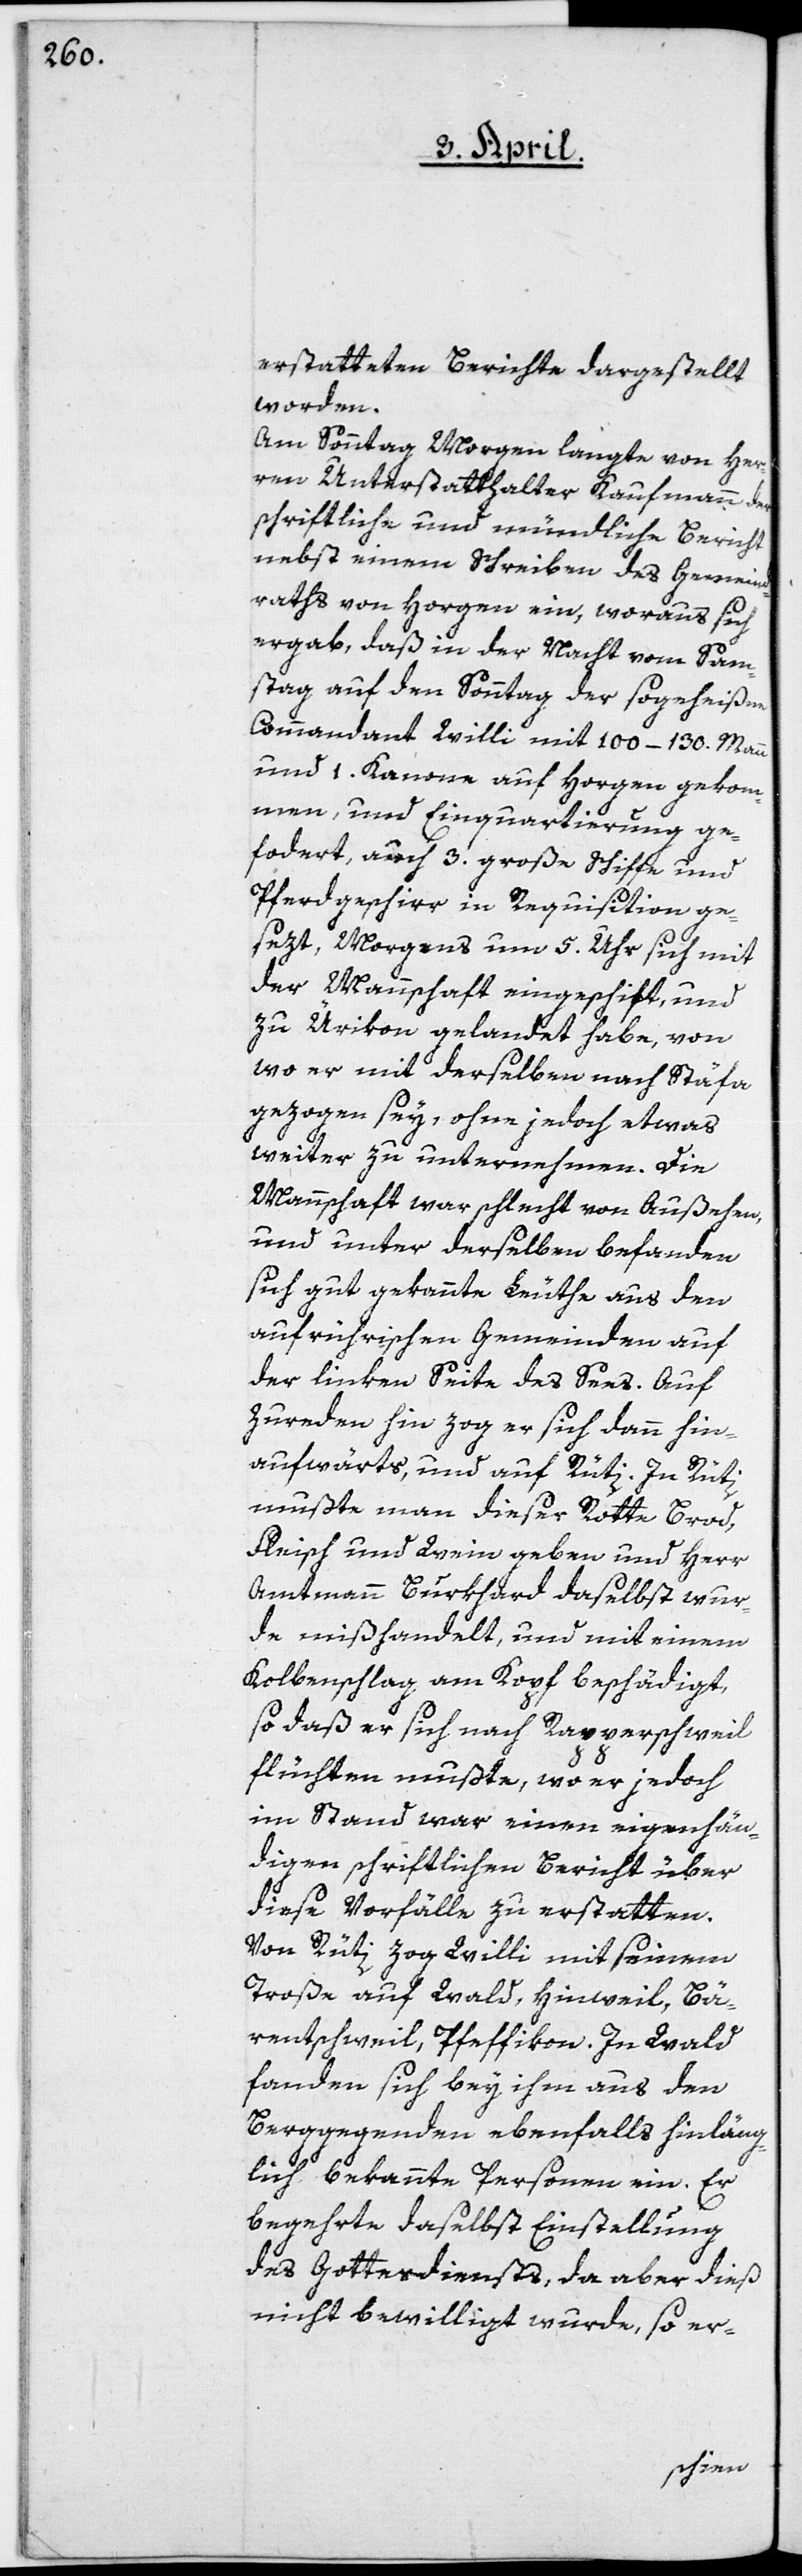
erstatteten Berichte dargestellt
worden.
Am Sonntag Morgen langte von Her¬
ren Unterstatthalter Kaufmann der
schriftliche und mündliche Bericht
nebst einem Schreiben des Gemeind¬
raths von Horgen ein, woraus sich
ergab, daß in der Nacht vom Sam¬
stag auf den Sonntag der sogeheißen
Commandant Willi mit 100–130. Mann
und 1. Kanone auf Horgen gekom¬
men, und Einquartierung ge¬
fordert, auch 3. große Schiffe und
Pferdgeschirr in Requisition ge¬
sezt, Morgens um 5. Uhr sich mit
der Mannschaft eingeschift, und
zu Ürikon gelandet habe, von
wo er mit derselben nach Stäfa
gezogen sey, ohne jedoch etwas
weiter zu unternehmen. Die
Mannschaft war schlecht von Außehen,
und unter derselben befanden
sich gut gekannte Leuthe aus den
aufrührischen Gemeinden auf
der linken Seite des Sees. Auf
Zureden hin zog er sich dann hin¬
aufwärts, und auf Rüti. In Rüti
mußte man dieser Rotte Brod,
Fleisch und Wein geben und Herr
Amtmann Burkhard daselbst wur¬
de mißhandelt, und mit einem
Kolbenschlag am Kopf beschädigt,
so daß er sich nach Rapperschweil
flüchten mußte, wo er jedoch
imstand war, einen eigenhän¬
digen schriftlichen Bericht über
diese Vorfälle zu erstatten.
Von Rüti zog Willi mit seinem
Troße auf Wald, Hinweil, Bä¬
rentschweil, Pfeffikon. In Wald
fanden sich bey ihm aus den
Berggegenden ebenfalls hinläng¬
lich bekannte Personen ein. Er
begehrte daselbst Einstellung
des Gottesdiensts, da aber dieß
nicht bewilligt wurde, so er-